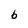
Character: b